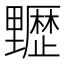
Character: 𰙻